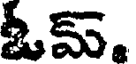
ఓమ్.